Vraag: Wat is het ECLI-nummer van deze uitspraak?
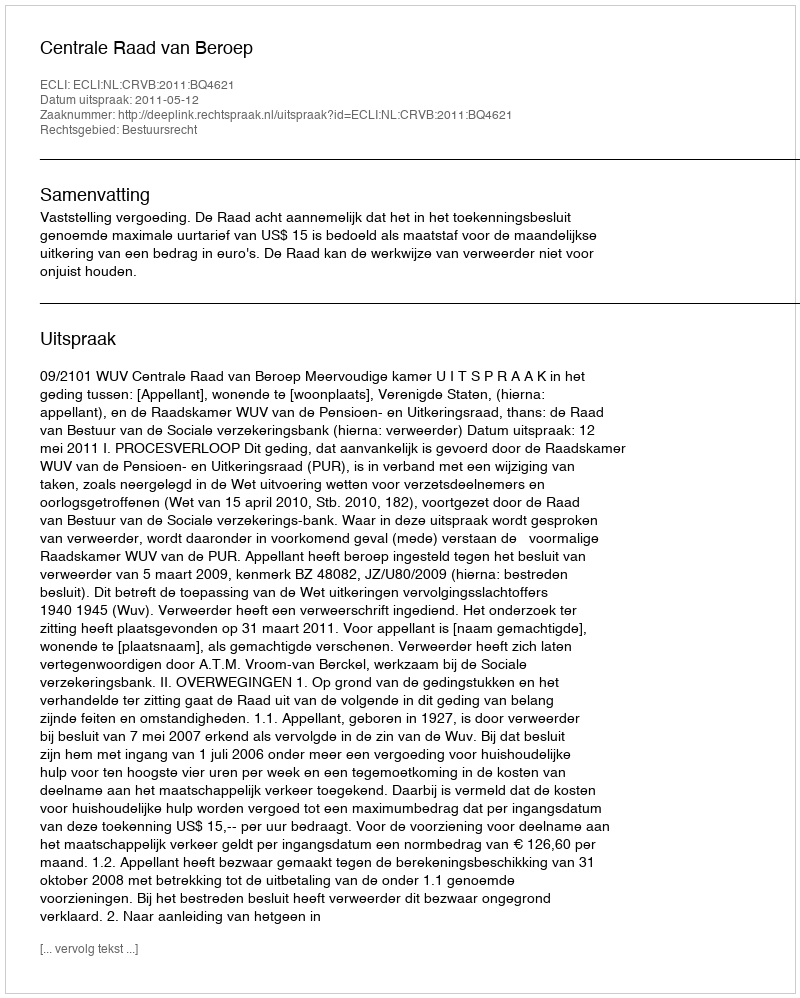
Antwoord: ECLI:NL:CRVB:2011:BQ4621